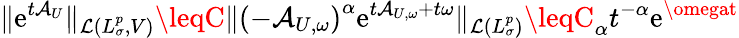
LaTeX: \Vert\mathrm{e}^{t\mathcal{{A}}_{U}}\Vert_{\mathcal{{L}}(L_{\sigma}^{p},V)}\leqC\Vert\left(-\mathcal{{A}}_{U,\omega}\right)^{\alpha}\mathrm{e}^{t\mathcal{{A}}_{U,\omega}+t\omega}\Vert_{\mathcal{{L}}(L_{\sigma}^{p})}\leqC_{\alpha}t^{-\alpha}\mathrm{e}^{\omegat}